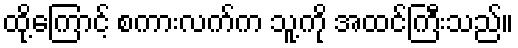
ထို့ကြောင့် စကားလက်က သူ့ကို အထင်ကြီးသည်။